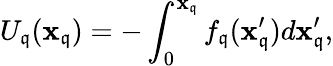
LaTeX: U_{\mathfrak{q}}(\mathbf{{x}}_{\mathfrak{q}})=-\int_{0}^{\mathbf{{x}}_{\mathfrak{q}}}f_{\mathfrak{q}}(\mathbf{{x}}_{\mathfrak{q}}^{\prime})d\mathbf{{x}}_{\mathfrak{q}}^{\prime},